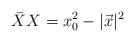
LaTeX: \begin{align*}\bar{X}X = x_{0}^{2} - \vert \vec{x}\vert^{2}\end{align*}